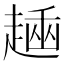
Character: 𧼶